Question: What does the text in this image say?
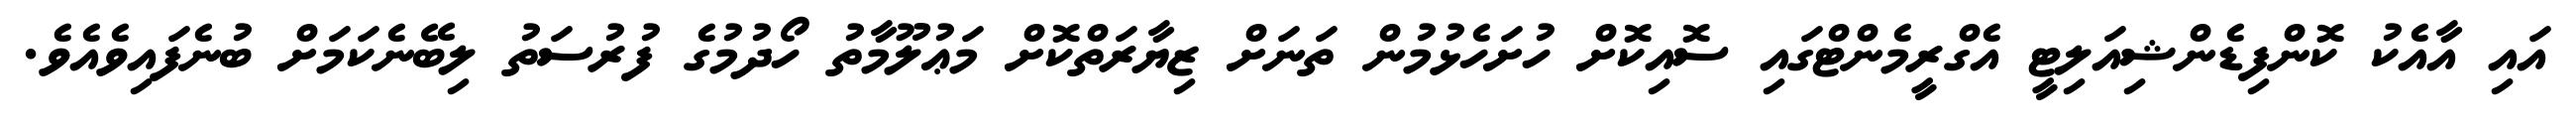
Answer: އައި އާއެކު ކޮންފިޑެންޝިއަލިޓީ އެގްރީމެންޓްގައި ސޮއިކޮށް ހުށަހެޅުމުން ތަނަށް ޒިޔާރަތްކޮށް މަޢުލޫމާތު ހޯދުމުގެ ފުރުސަތު ލިބޭނެކަމަށް ބުނެފައިވެއެވެ.